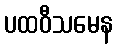
ပထဝီသမေန